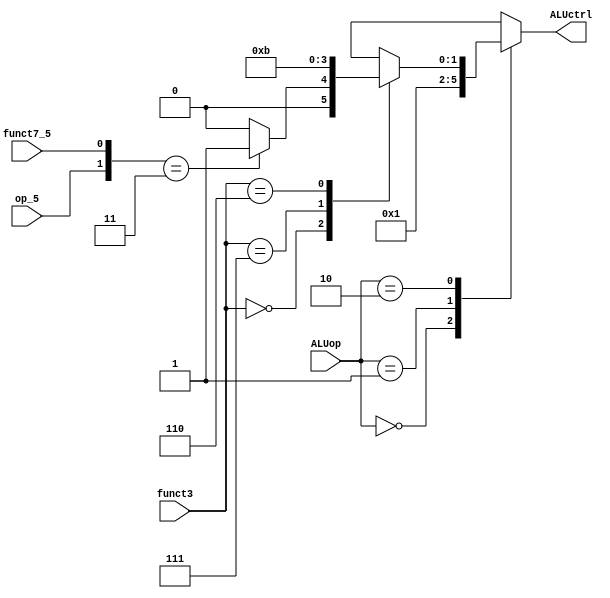
module Alu_decoder (
    input wire [1:0] ALUop,
    input wire [2:0] funct3,
    input wire        funct7_5,
    input wire        op_5,
    output reg [1:0] ALUctrl
);

always @(*)
begin
    case(ALUop)
        2'b00: // Adding for lw, sw, jalr
            ALUctrl = 2'b00;
        2'b01: // Subtracting for beq, bne
            ALUctrl = 2'b01;
        2'b10: // R, I-type instructions
            case(funct3)
                3'b000: 
                    if ({op_5, funct7_5} == 3'b11)
                        ALUctrl = 2'b01; // Subtraction for sub
                    else
                        ALUctrl = 2'b00; // Adding for add, addi
                3'b111: 
                    ALUctrl = 2'b10; // Anding for and, andi
                3'b110: 
                    ALUctrl = 2'b11; // Oring for or, ori 
                default: 
                    ALUctrl = 2'bxx;
            endcase
        default: 
            ALUctrl = 2'bxx; 
    endcase
end

endmodule